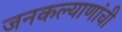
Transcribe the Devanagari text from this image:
जनकल्याणांची